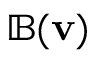
\mathbb { B } ( \mathbf { v } )